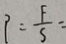
P = \frac { F } { S } =